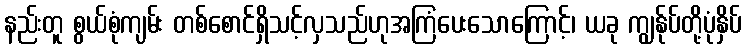
နည်းတူ စွယ်စုံကျမ်း တစ်စောင်ရှိသင့်လှသည်ဟုအကြံပေးသောကြောင့်၊ ယခု ကျွန်ုပ်တို့ပုံနှိပ်